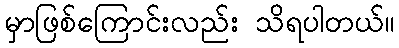
မှာဖြစ်ကြောင်းလည်း သိရပါတယ်။